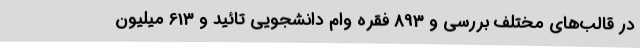
در قالب‌های مختلف بررسی و 893 فقره وام دانشجویی تائید و 613 میلیون